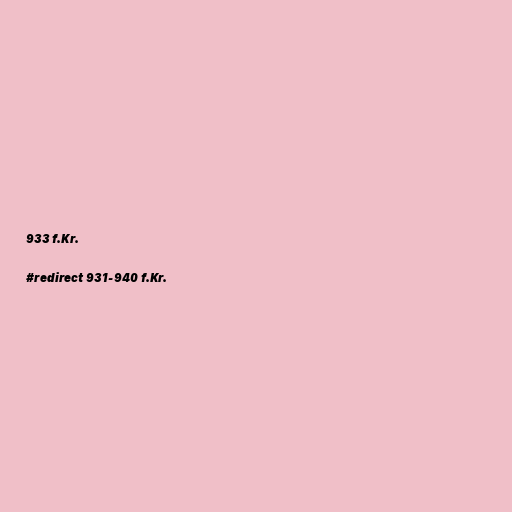
933 f.Kr.

#redirect 931-940 f.Kr.